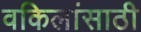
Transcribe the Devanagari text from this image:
वकिलांसाठी